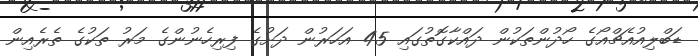
ޑަބްލިއުއެޗްއޯގެ ހޯދުންތަކުން ދައްކާގޮތުގައި 45 އަހަރުން ދަށުގެ ފިރިހެނުންގެ މަރު ތަކުގެ ތެރެއިން